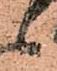
々